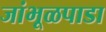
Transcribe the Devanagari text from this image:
जांभूळपाडा